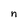
Character: n